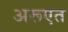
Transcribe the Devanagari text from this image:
अरूएत